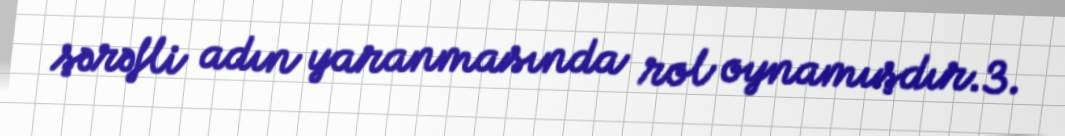
şərəfli adın yaranmasında rol oynamışdır.3.